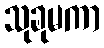
သုခုမကာ